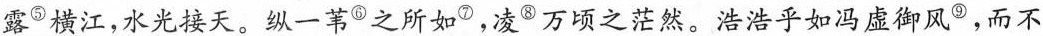
露^{⑤}横江，水光接天。纵一苇^{⑥}之所如^{⑦}，凌^{⑧}万顷之茫然。浩浩乎如冯虚御风^{⑨}，而不